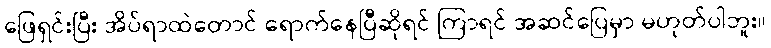
ဖြေရှင်းပြီး အိပ်ရာထဲတောင် ရောက်နေပြီဆိုရင် ကြာရင် အဆင်ပြေမှာ မဟုတ်ပါဘူး။